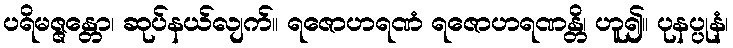
ပရိမဇ္ဇန္တော၊ ဆုပ်နယ်လျက်။ ရဇောဟရဏံ ရဇောဟရဏန္တိ၊ ဟူ၍။ ပုနပ္ပုနံ၊